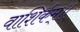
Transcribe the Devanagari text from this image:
वाशिर्कम्॥